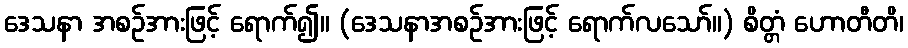
ဒေသနာ အစဉ်အားဖြင့် ရောက်၍။ (ဒေသနာအစဉ်အားဖြင့် ရောက်လသော်။) စိတ္တံ ဟောတီတိ၊